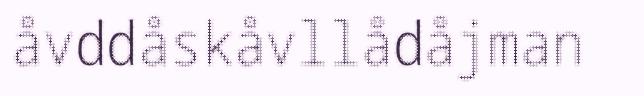
åvddåskåvllådåjman